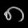
Digit: ၈